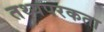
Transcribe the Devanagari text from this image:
तथ्यपरकता